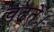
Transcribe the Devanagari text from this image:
चढ़ते।